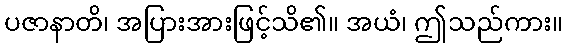
ပဇာနာတိ၊ အပြားအားဖြင့်သိ၏။ အယံ၊ ဤသည်ကား။